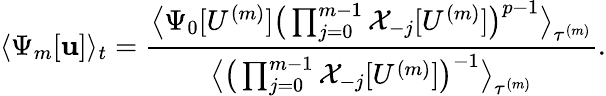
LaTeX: \langle\Psi_{m}[\mathbf{u}]\rangle_{t}=\frac{{\big\langle\Psi_{0}[U^{(m)}]\big(\prod_{j=0}^{m-1}\mathcal{{X}}_{-j}[U^{(m)}]\big)^{p-1}\big\rangle_{\tau^{(m)}}}}{{\big\langle\big(\prod_{j=0}^{m-1}\mathcal{{X}}_{-j}[U^{(m)}]\big)^{-1}\big\rangle_{\tau^{(m)}}}}.